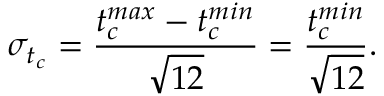
\sigma _ { t _ { c } } = \frac { t _ { c } ^ { m a x } - t _ { c } ^ { m i n } } { \sqrt { 1 2 } } = \frac { t _ { c } ^ { m i n } } { \sqrt { 1 2 } } .